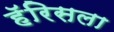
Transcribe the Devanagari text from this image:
हॅरिसला